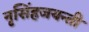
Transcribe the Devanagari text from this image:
नृसिंहजयन्ती